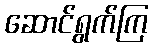
ဆောင်ရွက်ကြ